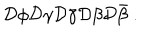
{ \cal D } \phi { \cal D } \gamma { \cal D } \bar { \gamma } { \cal D } \beta { \cal D } \bar { \beta } ~ .